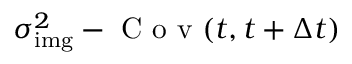
\sigma _ { \mathrm { i m g } } ^ { 2 } - \mathrm { ~ C ~ o ~ v ~ } ( t , t + \Delta t )